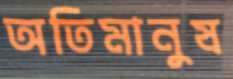
অতিমানুষ